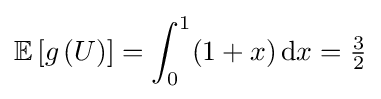
\mathbb {E} \left[g\left(U\right)\right]=\int _{0}^{1}(1+x)\,\mathrm {d} x={\tfrac {3}{2}}